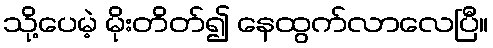
သို့ပေမဲ့ မိုးတိတ်၍ နေထွက်လာလေပြီ။